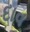
દાવ